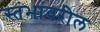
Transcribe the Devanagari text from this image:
स्तंभांवरील